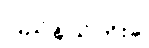
ပြည်နယ်ကိုးခု